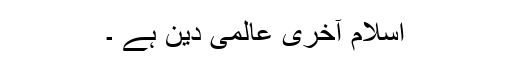
اسلام آخری عالمی دین ہے ۔